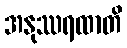
အနုဿရထာတိ